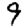
Digit: 9